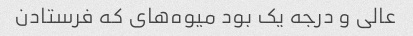
عالی و درجه یک بود میوه‌های که فرستادن